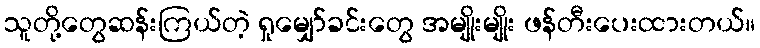
သူတို့တွေဆန်းကြယ်တဲ့ ရှုမျှော်ခင်းတွေ အမျိုးမျိုး ဖန်တီးပေးထားတယ်။